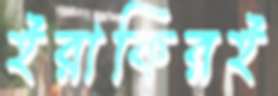
ইরাকিরই